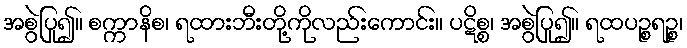
အစွဲပြု၍။ စက္ကာနိစ၊ ရထားဘီးတို့ကိုလည်းကောင်း။ ပဋိစ္စ၊ အစွဲပြု၍။ ရထပဉ္စရဉ္စ၊